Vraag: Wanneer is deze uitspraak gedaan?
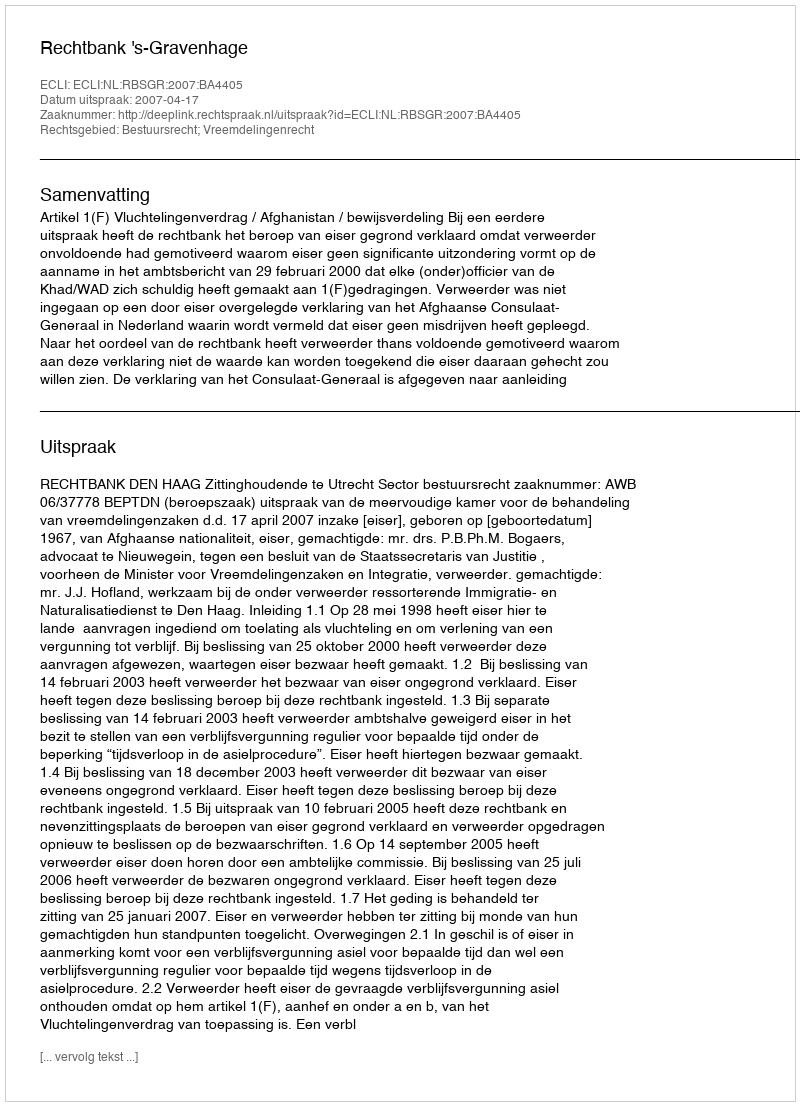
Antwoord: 2007-04-17